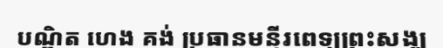
បណ្ឌិត ហេង គង់ ប្រធានមន្ទីរពេទ្យព្រះសង្ឃ